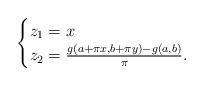
LaTeX: \begin{align*}\begin{cases}z_1=x&\\z_2=\frac{g(a+\pi x,b+\pi y)-g(a,b)}{\pi}.&\end{cases}\end{align*}